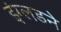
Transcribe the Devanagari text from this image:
इंग्लडने